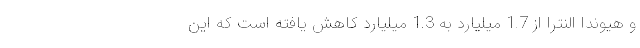
و هیوندا النترا از 1.7 میلیارد به 1.3 میلیارد کاهش یافته است که این